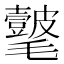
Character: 𣰺